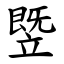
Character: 䇒